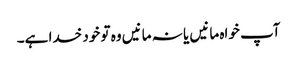
آپ خواہ مانیں یا نہ مانیں وہ تو خود خدا ہے۔